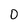
Character: O